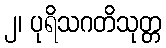
၂၊ ပုရိသဂတိသုတ္တ